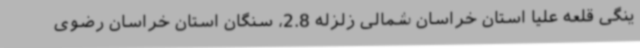
ینگی قلعه علیا استان خراسان شمالی زلزله 2.8، سنگان استان خراسان رضوی